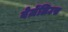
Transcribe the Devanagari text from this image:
बेर्ज़ेलिउस